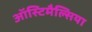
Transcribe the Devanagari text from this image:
ऑस्टिमैल्सिया